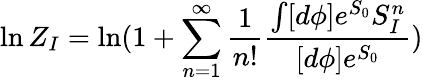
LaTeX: \ln Z_{I}=\ln(1+\sum_{n=1}^{\infty}\frac{1}{n!}\frac{\int[d\phi]e^{S_{0}}S_{I}^{n}}{[d\phi]e^{S_{0}}})